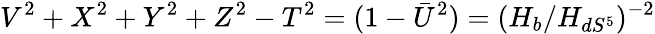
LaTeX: V^{2}+X^{2}+Y^{2}+Z^{2}-T^{2}=(1-\bar{U}^{2})=(H_{b}/H_{dS^{5}})^{-2}